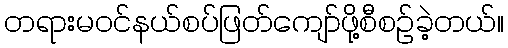
တရားမဝင်နယ်စပ်ဖြတ်ကျော်ဖို့စီစဥ်ခဲ့တယ်။